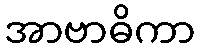
အာဗာဓိကာ